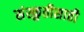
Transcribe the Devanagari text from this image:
संस्क्रुतीसाठी